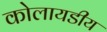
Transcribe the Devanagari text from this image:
कोलायडीय